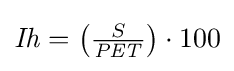
{\textstyle {\mathit {Ih}}=\left({\frac {S}{\mathit {PET}}}\right)\cdot 100}